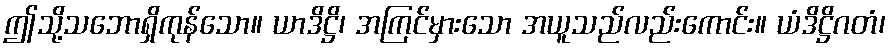
ဤသို့သဘောရှိကုန်သော။ ယာဒိဋ္ဌိ၊ အကြင်မှားသော အယူသည်လည်းကောင်း။ ယံဒိဋ္ဌိဂတံ၊